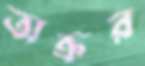
অক্রর